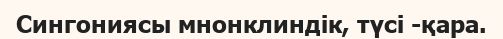
Сингониясы мнонклиндік, түсі -қара.